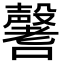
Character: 𡄒